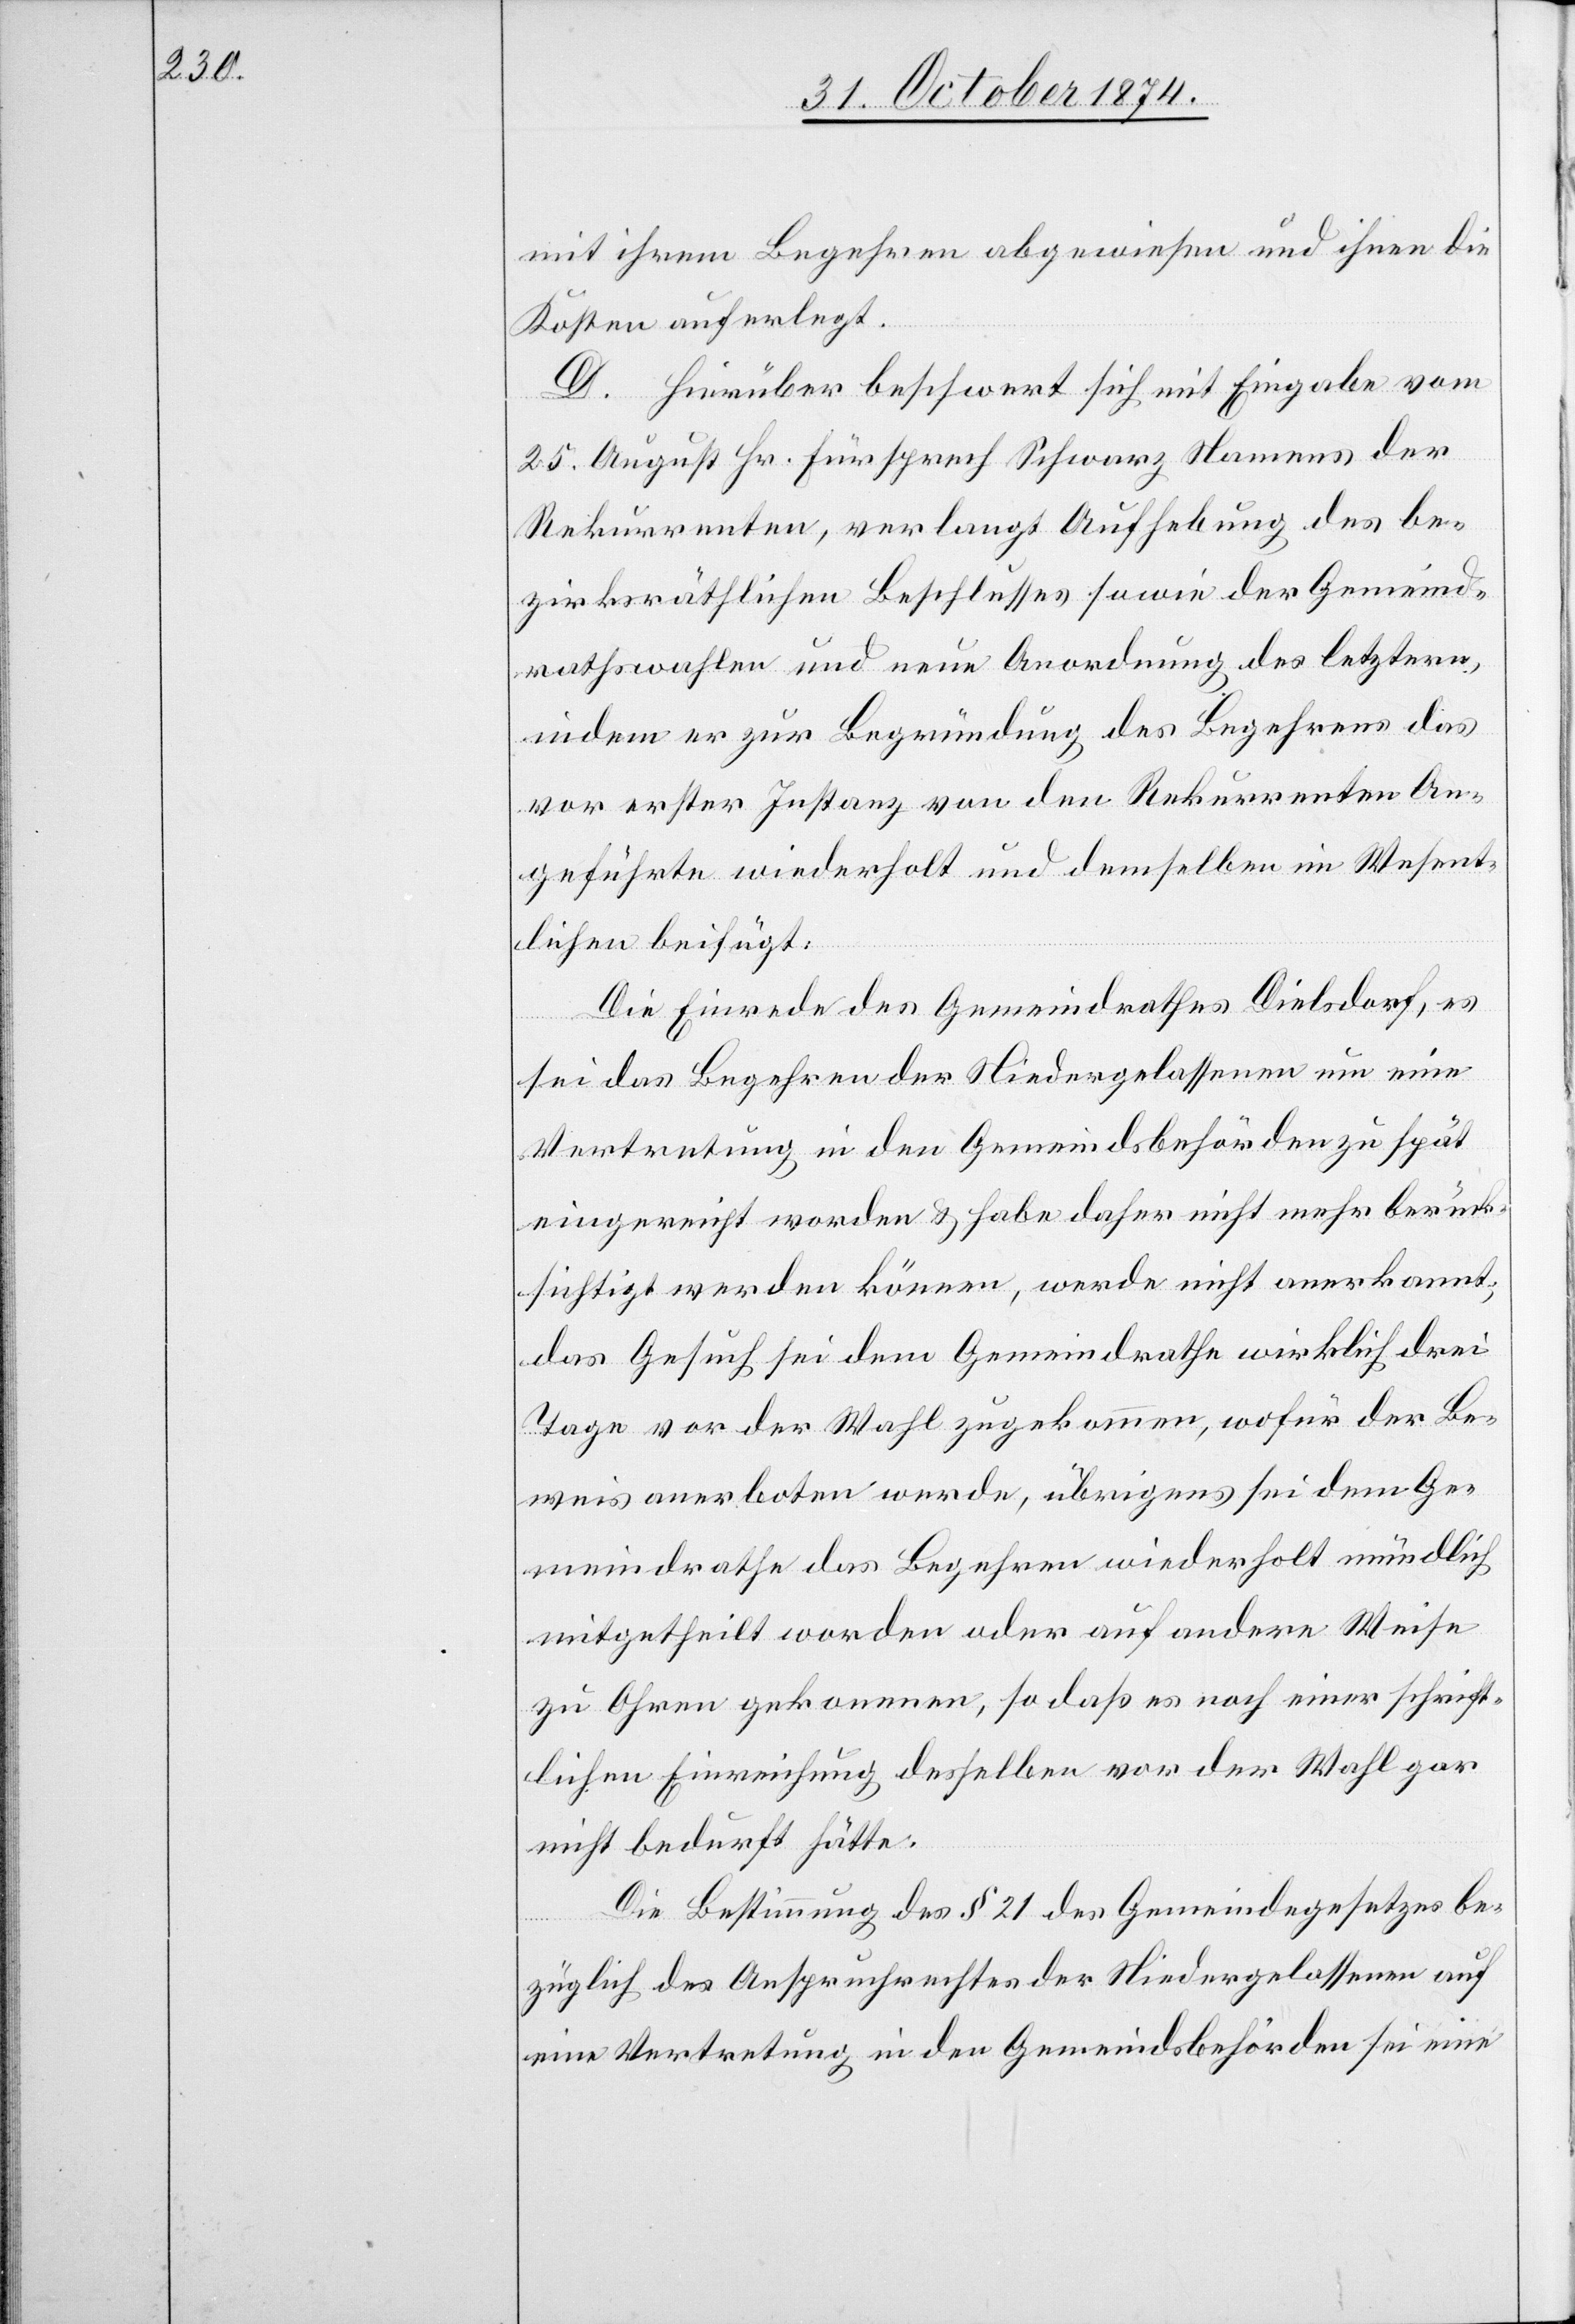
mit ihrem Begehren abgewiesen und ihnen die
Kosten auferlegt.
D. Hierüber beschwert sich mit Eingabe vom
25. August Hr. Fürsprech Schwarz Namens der
Rekurrenten, verlangt Aufhebung des be¬
zirksräthlichen Beschlusses sowie der Gemeind¬
rathswahlen und neue Anordnung des letztern,
indem er zur Begründung des Begehrens das
vor erster Instanz von den Rekurrenten An¬
geführte wiederholt und demselben im Wesent¬
lichen beifügt:
Die Einrede des Gemeindrathes Dielsdorf, es
sei das Begehren der Niedergelassenen um eine
Vertretung in den Gemeindsbehörden zu spät
eingereicht worden & habe daher nicht mehr berück¬
sichtigt werden können, werde nicht anerkannt;
das Gesuch sei dem Gemeindrathe wirklich drei
Tage vor der Wahl zugekommen, wofür der Be¬
weis anerboten werde, übrigens sei dem Ge¬
meindrathe das Begehren wiederholt mündlich
mitgetheilt worden oder auf andere Weise
zu Ohren gekommen, so daß es nach einer schrift¬
lichen Einreichung desselben vor der Wahl gar
nicht bedurft hätte.
Die Bestimmung des § 21 des Gemeindegesetzes be¬
züglich des Anspruchrechtes der Niedergelassenen auf
eine Vertretung in den Gemeindsbehörden sei eine